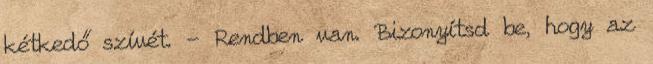
kétkedő szívét. - Rendben van. Bizonyítsd be, hogy az